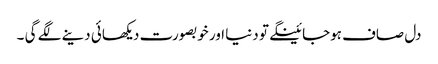
دل صاف ہوجائینگے تو دنیا اور خوبصورت دیکھائی دینے لگے گی ۔